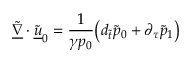
\underline { { \tilde { \nabla } } } \cdot \underline { { \tilde { u } } } _ { 0 } = \frac { 1 } { \gamma p _ { 0 } } \big ( d _ { \tilde { t } } \tilde { p } _ { 0 } + \partial _ { \tau } \tilde { p } _ { 1 } \big )